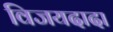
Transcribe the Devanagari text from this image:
विजयदादा